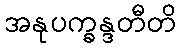
အနုပက္ခန္ဒတီတိ